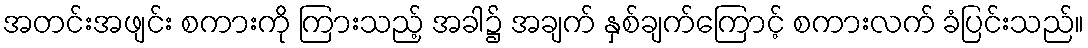
အတင်းအဖျင်း စကားကို ကြားသည့် အခါ၌ အချက် နှစ်ချက်ကြောင့် စကားလက် ခံပြင်းသည်။